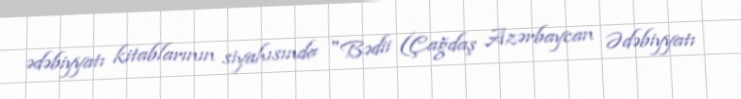
ədəbiyyatı kitablarının siyahısında "Bədii (Çağdaş Azərbaycan Ədəbiyyatı